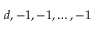
d , - 1 , - 1 , \dots , - 1